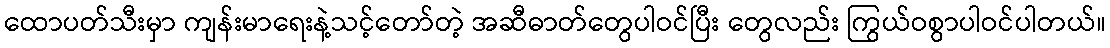
ထောပတ်သီးမှာ ကျန်းမာရေးနဲ့သင့်တော်တဲ့ အဆီဓာတ်တွေပါဝင်ပြီး တွေလည်း ကြွယ်ဝစွာပါဝင်ပါတယ်။